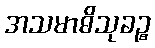
အသမာဓိသုခဉ္စ